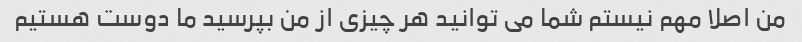
من اصلا مهم نیستم شما می توانید هر چیزی از من بپرسید ما دوست هستیم